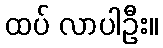
ထပ် လာပါဦး။